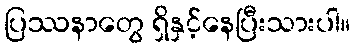
ပြဿနာတွေ ရှိနှင့်နေပြီးသားပါ။